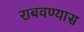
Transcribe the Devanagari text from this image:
राबवण्यास